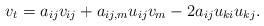
LaTeX: \begin{align*}v_t=a_{ij}v_{ij}+a_{ij,m}u_{ij}v_m-2a_{ij}u_{ki}u_{kj}.\end{align*}